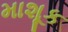
માશૂક